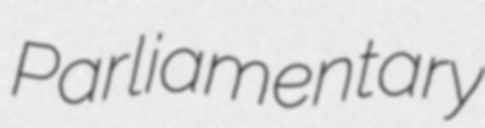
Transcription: Parliamentary